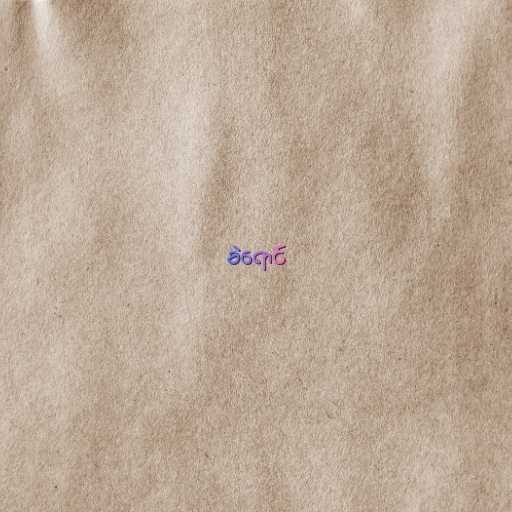
ခဲရောင်